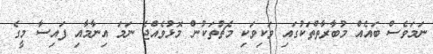
ނަމަވެސް ބައެއް މުބާރާތްތަކުގައި ވަކިވަކި މެޗުތަކުން މޮޅުވެއްޖެ ނަމަ އިނާމާއި ފައިސާ މީގެ